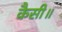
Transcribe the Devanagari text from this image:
कैसी॥